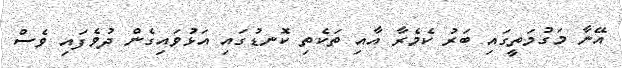
އޭނާ މަގުމަތީގައި ބަރު ކެމެރާ އާއި ތަކެތި ކޮނޑުގައި އަޅުވައިގެން ދުވެފައި ވެސް